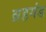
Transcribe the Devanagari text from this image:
ब्रहगंड